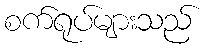
စက်ရုပ်များသည်